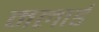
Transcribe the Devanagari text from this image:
मलार्ड